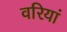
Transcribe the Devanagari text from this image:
वरियां